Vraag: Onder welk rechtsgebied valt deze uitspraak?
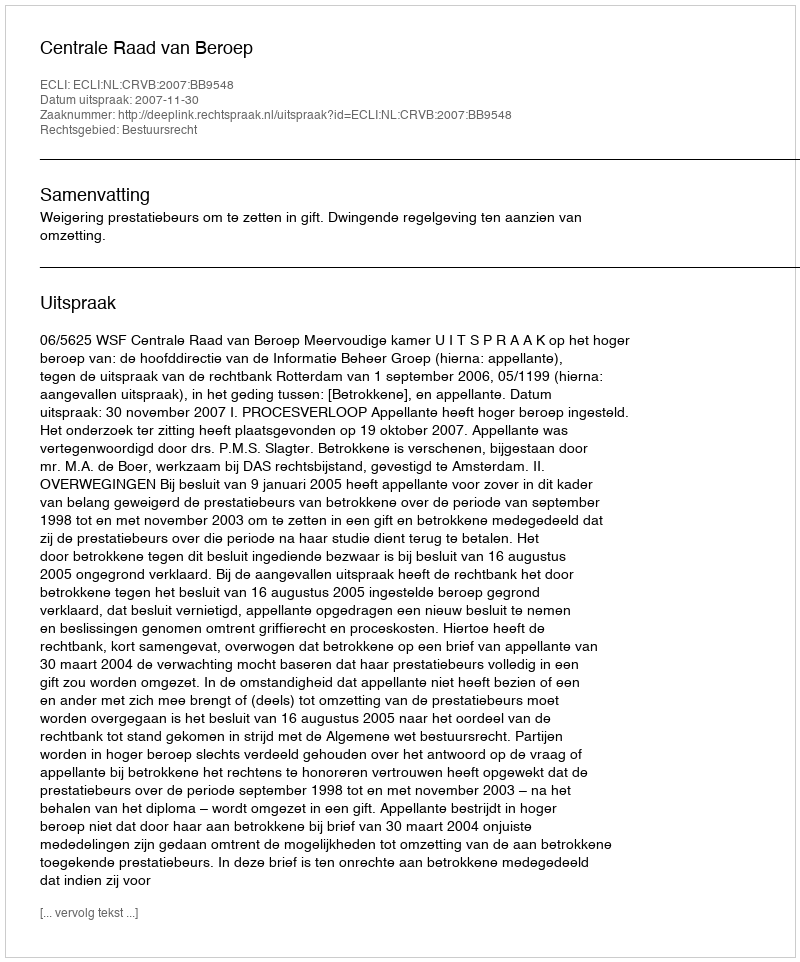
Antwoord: Bestuursrecht